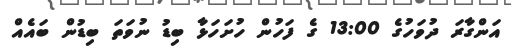
އަންގާރަ ދުވަހުގެ 13:00 ގެ ފަހުން ހުށަހަޅާ ބިޑު ނުވަތަ ބިޑުން ބައެއް